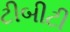
ટીબીટી